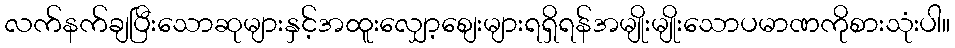
လက်နက်ချပြီးသောဆုများနှင့်အထူးလျှော့စျေးများရရှိရန်အမျိုးမျိုးသောပမာဏကိုစားသုံးပါ။